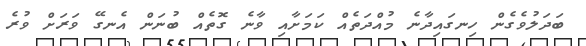
ބަދަލުވެގެން ހިނގައިދާނެ މުއްދަތެއް ކަމަށާއި ވާނެ ގޮތެއް ބުނަން އެނގޭ ވަރަށް ވުރެ